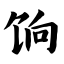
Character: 饷